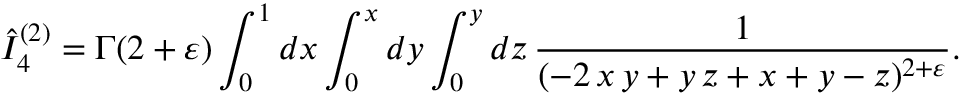
\hat { I } _ { 4 } ^ { ( 2 ) } = \Gamma ( 2 + \varepsilon ) \int _ { 0 } ^ { 1 } d x \int _ { 0 } ^ { x } d y \int _ { 0 } ^ { y } d z \, \frac { 1 } { ( - 2 \, x \, y + y \, z + x + y - z ) ^ { 2 + \varepsilon } } .